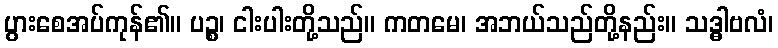
ပွားစေအပ်ကုန်၏။ ပဉ္စ၊ ငါးပါးတို့သည်။ ကတမေ၊ အဘယ်သည်တို့နည်း။ သဒ္ဓါဗလံ၊